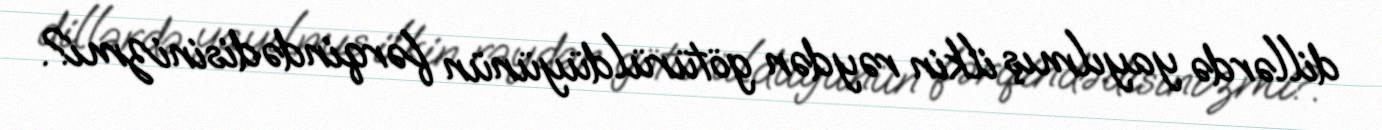
dillərdə yayılmış ilkin rəydən götürüldüyünün fərqindədisinizmi?.